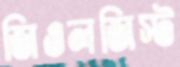
জিওলজিস্ট